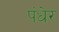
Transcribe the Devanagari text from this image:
पंधेर